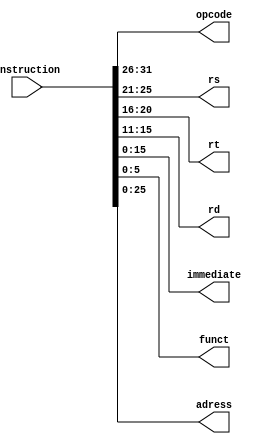
module instr_splitter(opcode,rs,rt,rd,immediate,funct,adress,instruction);
		
//by convention, I wrote first outputs then inputs.		
output [4:0] rs,rt,rd;
output [5:0] funct,opcode;
output [15:0] immediate;
output [25:0] adress;						
input [31:0] instruction; 

//opcode
and a2(opcode[0],instruction[26],1);
and a3(opcode[1],instruction[27],1);
and a4(opcode[2],instruction[28],1);
and a5(opcode[3],instruction[29],1);
and a6(opcode[4],instruction[30],1);
and a7(opcode[5],instruction[31],1);


//rs
and a8(rs[0],instruction[21],1);
and a9(rs[1],instruction[22],1);
and a10(rs[2],instruction[23],1);
and a11(rs[3],instruction[24],1);
and a12(rs[4],instruction[25],1);


//rt
and a13(rt[0],instruction[16],1);
and a14(rt[1],instruction[17],1);
and a15(rt[2],instruction[18],1);
and a16(rt[3],instruction[19],1);
and a17(rt[4],instruction[20],1);

//rd
and a18(rd[0],instruction[11],1);
and a19(rd[1],instruction[12],1);
and a20(rd[2],instruction[13],1);
and a21(rd[3],instruction[14],1);
and a22(rd[4],instruction[15],1);

//immediate
and a34(immediate[0],instruction[0],1);
and a35(immediate[1],instruction[1],1);
and a36(immediate[2],instruction[2],1);
and a37(immediate[3],instruction[3],1);
and a38(immediate[4],instruction[4],1);
and a23(immediate[5],instruction[5],1);
and a24(immediate[6],instruction[6],1);
and a25(immediate[7],instruction[7],1);
and a26(immediate[8],instruction[8],1);
and a27(immediate[9],instruction[9],1);
and a28(immediate[10],instruction[10],1);
and a29(immediate[11],instruction[11],1);
and a30(immediate[12],instruction[12],1);
and a31(immediate[13],instruction[13],1);
and a32(immediate[14],instruction[14],1);
and a33(immediate[15],instruction[15],1);

//funct
and a39(funct[0],instruction[0],1);
and a40(funct[1],instruction[1],1);
and a41(funct[2],instruction[2],1);
and a42(funct[3],instruction[3],1);
and a43(funct[4],instruction[4],1);
and a44(funct[5],instruction[5],1);

//adress
and a100(adress[0],instruction[0],1);
and a111(adress[1],instruction[1],1);
and a122(adress[2],instruction[2],1);
and a133(adress[3],instruction[3],1);
and a144(adress[4],instruction[4],1);
and a155(adress[5],instruction[5],1);
and a166(adress[6],instruction[6],1);
and a177(adress[7],instruction[7],1);
and a188(adress[8],instruction[8],1);
and a199(adress[9],instruction[9],1);
and a200(adress[10],instruction[10],1);
and a211(adress[11],instruction[11],1);
and a222(adress[12],instruction[12],1);
and a238(adress[13],instruction[13],1);
and a249(adress[14],instruction[14],1);
and a250(adress[15],instruction[15],1);
and a261(adress[16],instruction[16],1);
and a272(adress[17],instruction[17],1);
and a283(adress[18],instruction[18],1);
and a292(adress[19],instruction[19],1);
and a304(adress[20],instruction[20],1);
and a315(adress[21],instruction[21],1);
and a326(adress[22],instruction[22],1);
and a337(adress[23],instruction[23],1);
and a80(adress[24],instruction[24],1);
and a90(adress[25],instruction[25],1);

endmodule